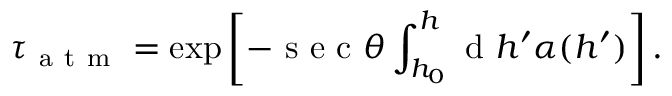
\tau _ { \mathrm { ~ a ~ t ~ m ~ } } = \exp \left[ - \mathrm { ~ s ~ e ~ c ~ } \theta \int _ { h _ { 0 } } ^ { h } \mathrm { ~ d ~ } h ^ { \prime } \alpha ( h ^ { \prime } ) \right] .